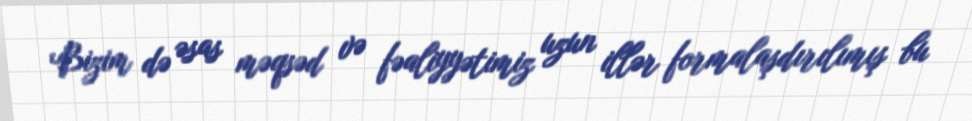
Bizim də əsas məqsəd və fəaliyyətimiz uzun illər formalaşdırılımış bu